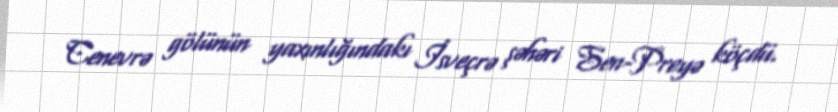
Cenevrə gölünün yaxınlığındakı İsveçrə şəhəri Sen-Preyə köçdü.